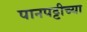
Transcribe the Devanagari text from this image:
पानपट्टीच्या